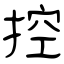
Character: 控